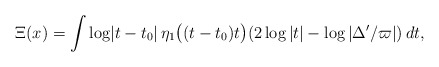
\begin{align*}\Xi(x)=\int \log\lvert t-t_0\rvert \, \eta_1\bigl((t-t_0)t\bigr)(2\log|t|-\log|\Delta'/\varpi|)\,dt,\end{align*}